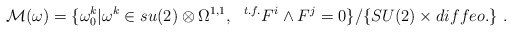
\begin{align*}{\cal M}(\omega) = \{ \omega_0^k \vert \omega^k \in su(2) \otimes\Omega^{1,1},~~ {}^{t.f.} F^i \wedge F^j =0 \} / \{ SU(2) \times diffeo. \} \ . \end{align*}